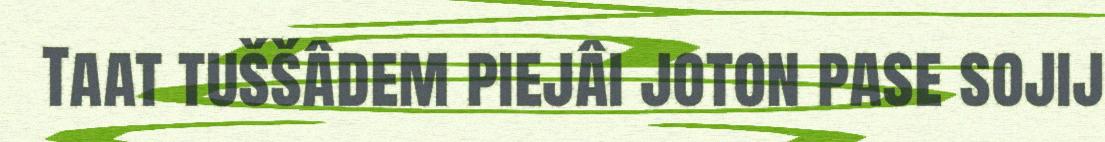
Taat tuššâdem piejâi joton pase sojij